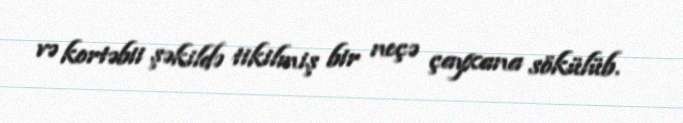
və kortəbii şəkildə tikilmiş bir neçə çayxana sökülüb.